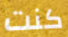
كنت